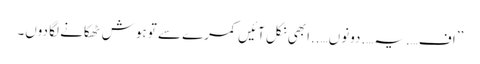
’’اف….یہ….دونوں…..ابھی نکل آئیں کمرے سے تو ہوش ٹھکانے لگا دوں۔